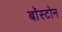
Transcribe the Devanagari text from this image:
बाॅस्टोन